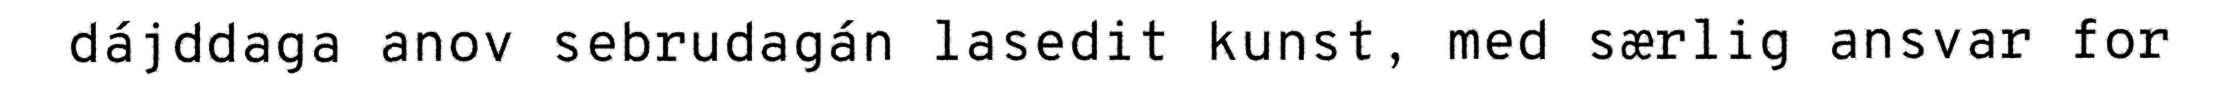
dájddaga anov sebrudagán lasedit kunst, med særlig ansvar for